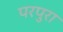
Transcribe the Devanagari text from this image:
परपुरा